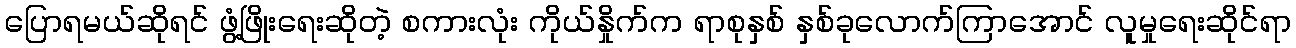
ပြောရမယ်ဆိုရင် ဖွံ့ဖြိုးရေးဆိုတဲ့ စကားလုံး ကိုယ်နှိုက်က ရာစုနှစ် နှစ်ခုလောက်ကြာအောင် လူမှုရေးဆိုင်ရာ